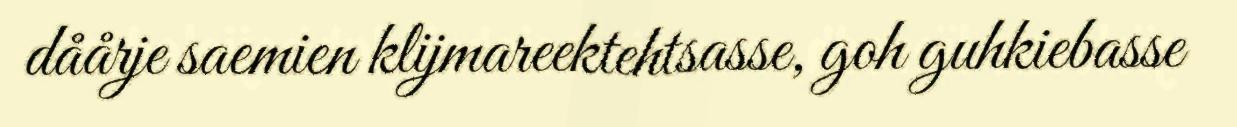
dåårje saemien klijmareektehtsasse, goh guhkiebasse